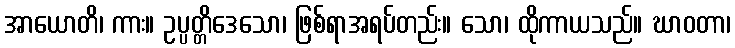
အာယောတိ၊ ကား။ ဥပ္ပတ္တိဒေသော၊ ဖြစ်ရာအရပ်တည်း။ သော၊ ထိုကာယသည်။ ဃာဝတာ၊